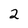
Character: 2